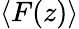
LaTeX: \langle F(z)\rangle